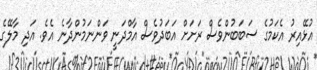
އުޅޭއިރު އެކަމުގެ ސަބަބުންވެސް ރަށަށް އަބަދުވެސް އާމްދަނީ ވަންނަމުންދާނެ އެވެ. އަދި މާލޭގެ